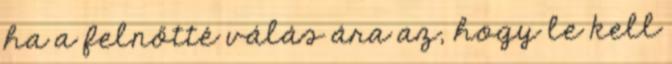
ha a felnőtté válás ára az, hogy le kell